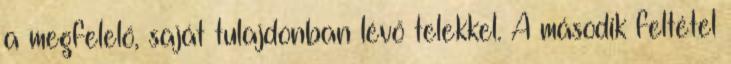
a megfelelő, saját tulajdonban lévő telekkel. A második feltétel